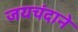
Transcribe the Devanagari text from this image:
जयचंदाने